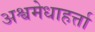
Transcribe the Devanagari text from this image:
अश्वमेधाहर्त्ता